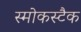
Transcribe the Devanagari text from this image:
स्मोकस्टैक